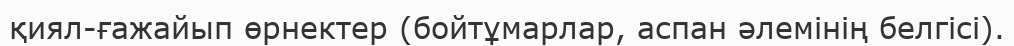
қиял-ғажайып өрнектер (бойтұмарлар, аспан әлемінің белгісі).